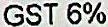
GST 6%